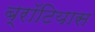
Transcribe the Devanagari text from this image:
ब्रॉटियास